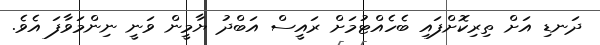
ދަނޑި އަށް ތިރިކޮށްފައި ބެހެއްޓުމަށް ރައީސް އަބްދު ޔާމީން ވަނީ ނިންމަވާފަ އެވެ.